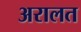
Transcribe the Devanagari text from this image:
अरालत